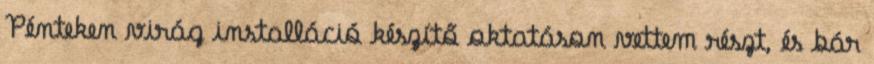
Pénteken virág installáció készítő oktatáson vettem részt, és bár